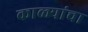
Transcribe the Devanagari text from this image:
काळ्यांचा